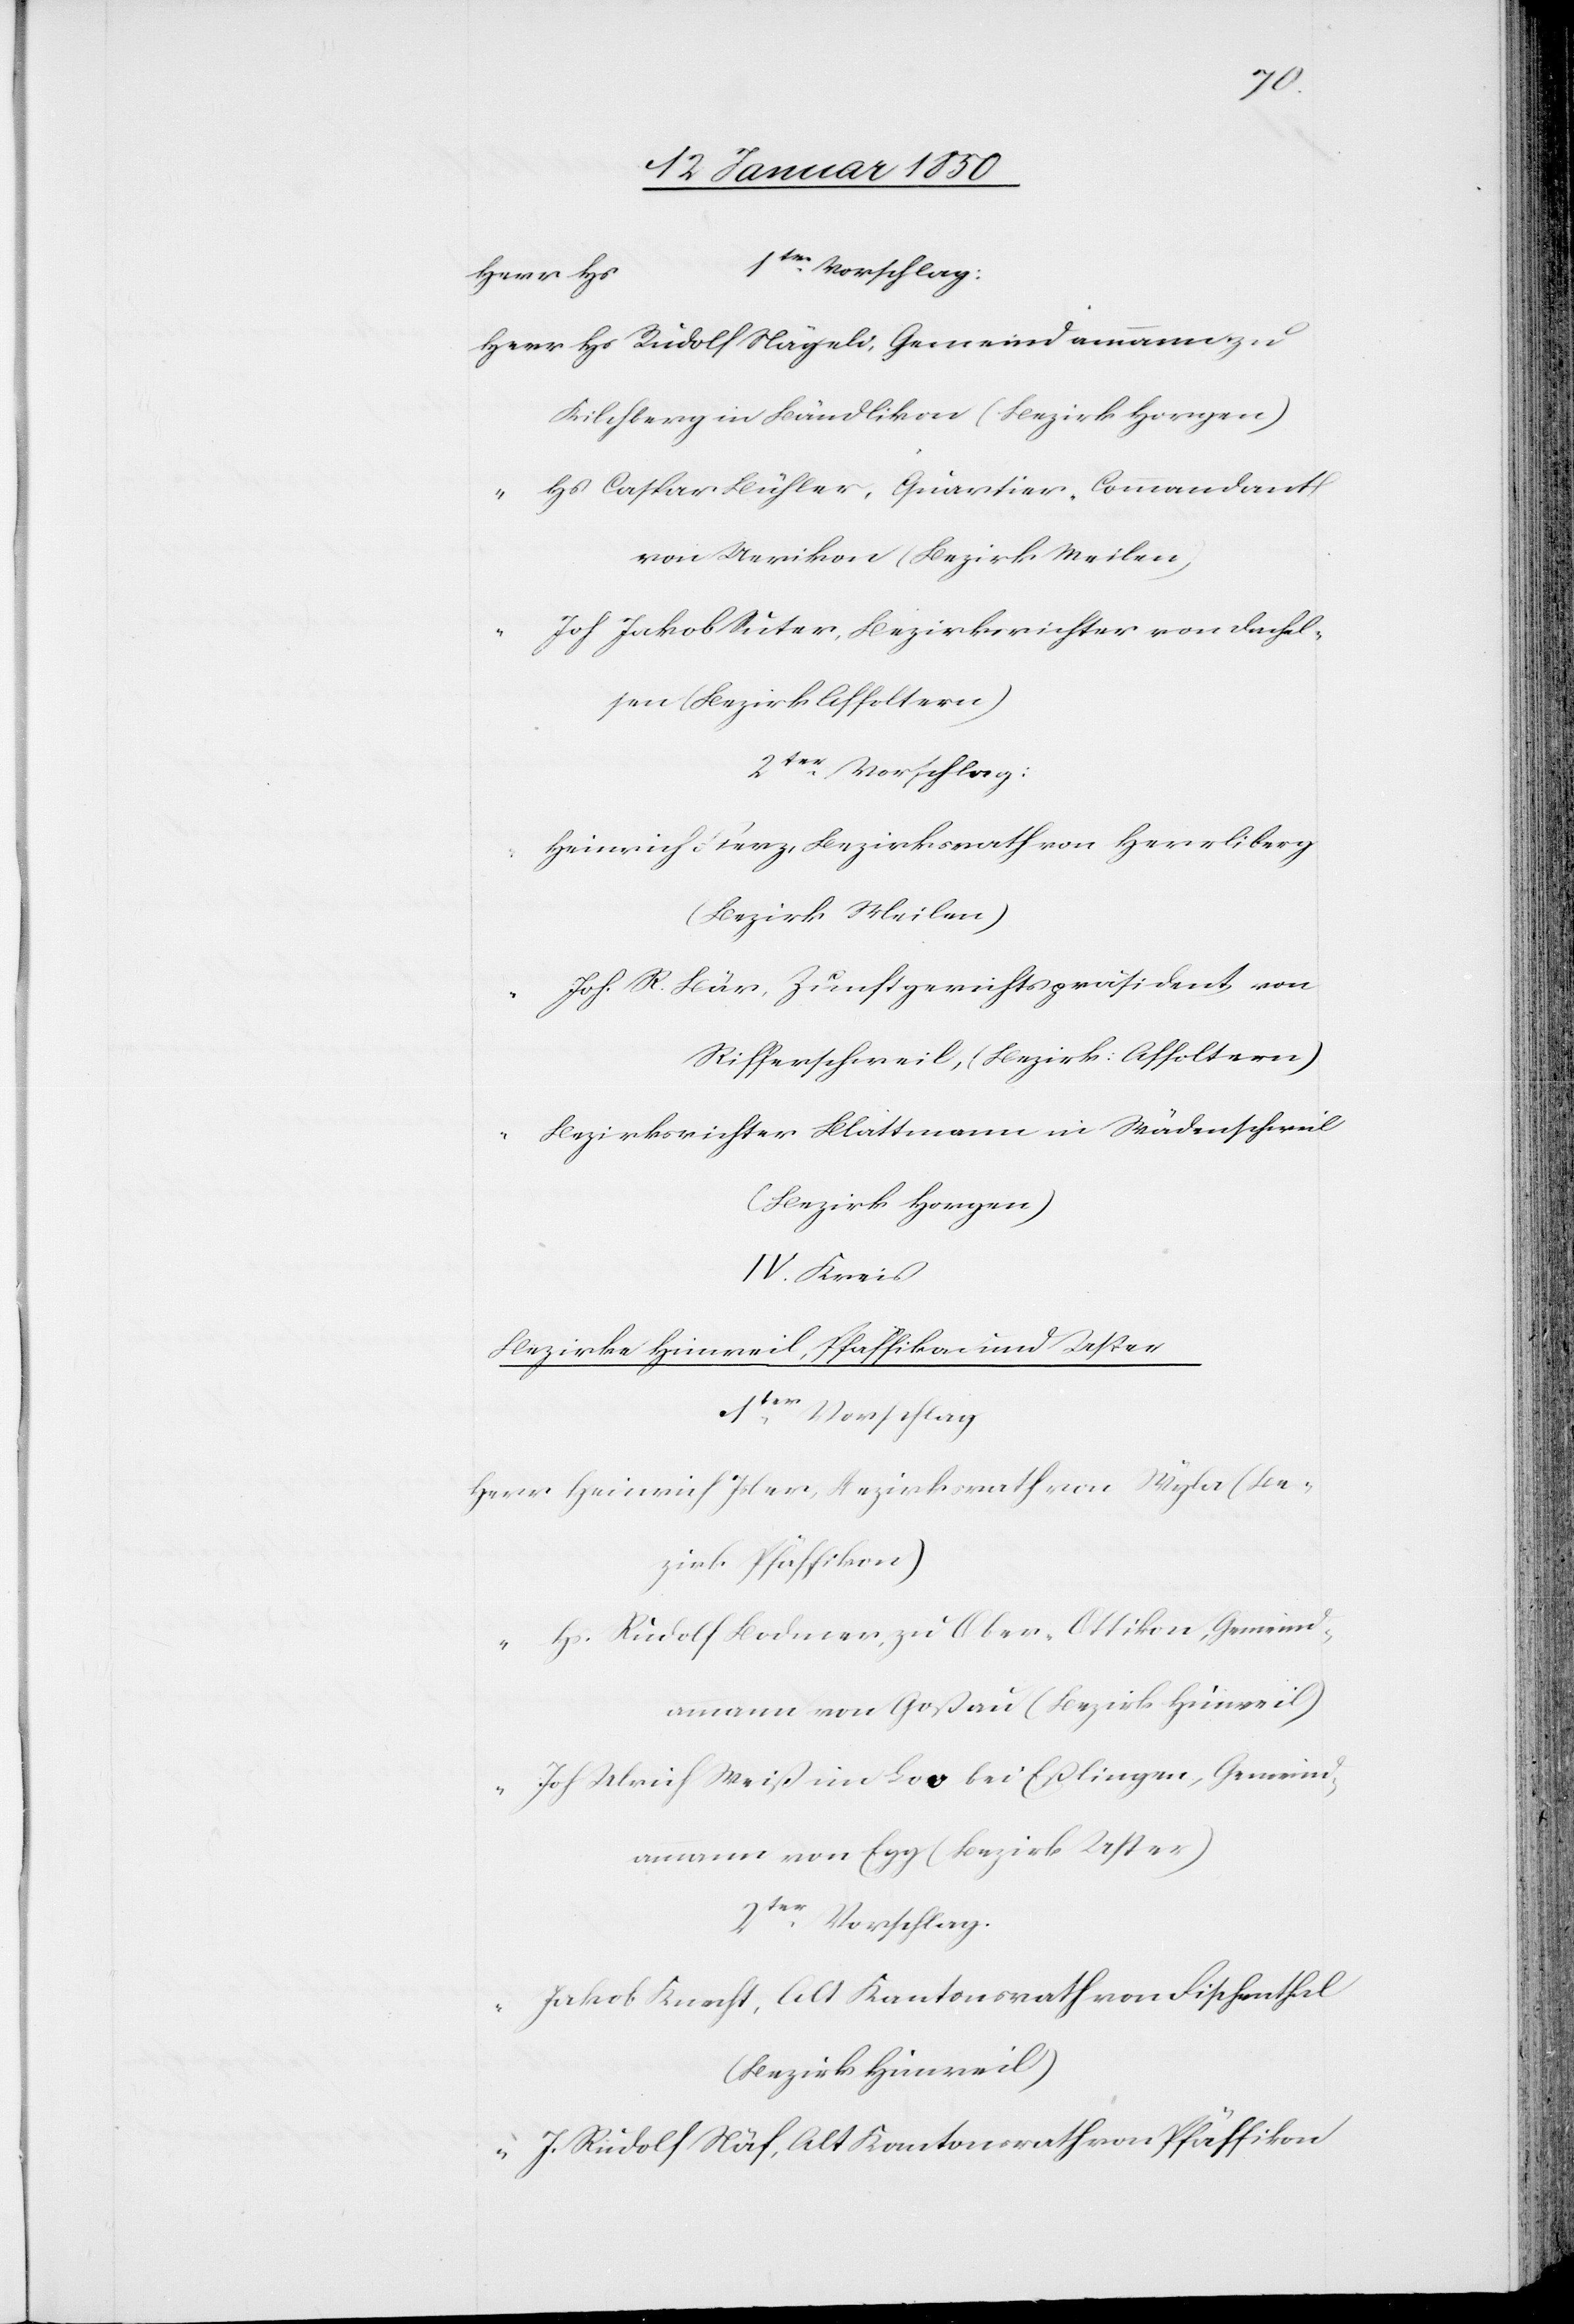
Herr	Hs. Rudolf Nägeli, Gemeindammann zu
Kilchberg in Bändlikon (Bezirk Horgen)
r]	Hs. Caspar Bühler, Quartier-Commandant
von Uerikon (Bezirk Meilen)
“		Joh Jakob Suter, Bezirksrichter von Dachel¬
sen (Bezirk Affoltern)
2ter Vorschlag:
“		Heinrich Fierz, Bezirksrath von Herrliberg
(Bezirk Meilen)
“		Joh. R. Bär, Zunftgerichtspräsident von
Rifferschweil, (Bezirk Affoltern)
“		Bezirksrichter Blattmann in Wädenschweil
[Her¬
(Bezirk Horgen)
IV. Kreis
Bezirke Hinweil, Pfäffikon und Uster
2ter Vorschlag
Herr 	Heinrich Isler, Bezirksrath von Stäfa (Be¬
zirk Pfäffikon)
“		Hs. Rudolf Bodmer, zu Ober-Ottikon, Gemeind¬
ammann von Goßau (Bezirk Hinweil)
“		Joh Ulrich Weiß im Loo bei Eßlingen, Gemeind¬
ammann von Egg (Bezirk Uster)
“		Jakob Knecht, Alt Kantonsrath von Fischenthal
(Bezirk Hinweil)
“		J. Rudolf Näf, Alt Kantonsrath von Pfäffikon